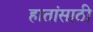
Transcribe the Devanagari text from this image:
हातांसाठी